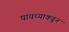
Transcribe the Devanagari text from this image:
पायथ्याकडून